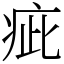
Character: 疵